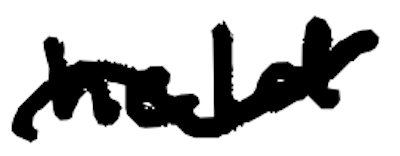
Text: held
Cross-out: wave
Writing tool: digital_black